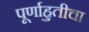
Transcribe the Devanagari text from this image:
पूर्णाहुतीचा